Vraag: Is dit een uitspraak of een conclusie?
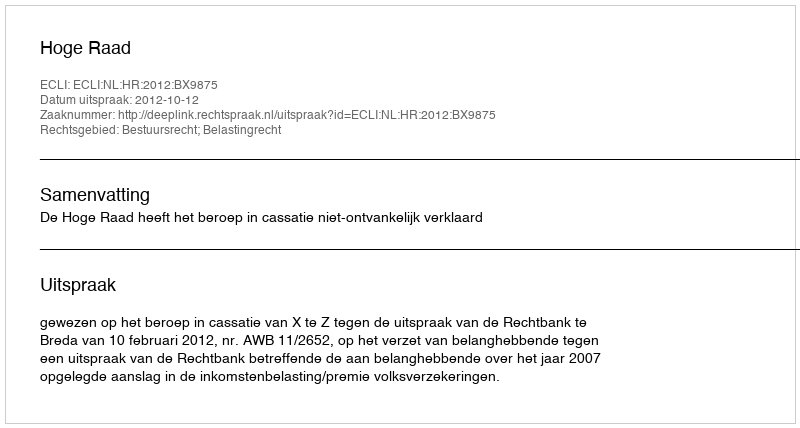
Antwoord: Uitspraak